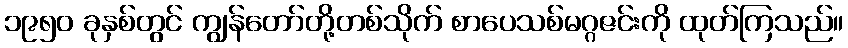
၁၉၅၀ ခုနှစ်တွင် ကျွန်တော်တို့တစ်သိုက် စာပေသစ်မဂ္ဂဇင်းကို ထုတ်ကြသည်။